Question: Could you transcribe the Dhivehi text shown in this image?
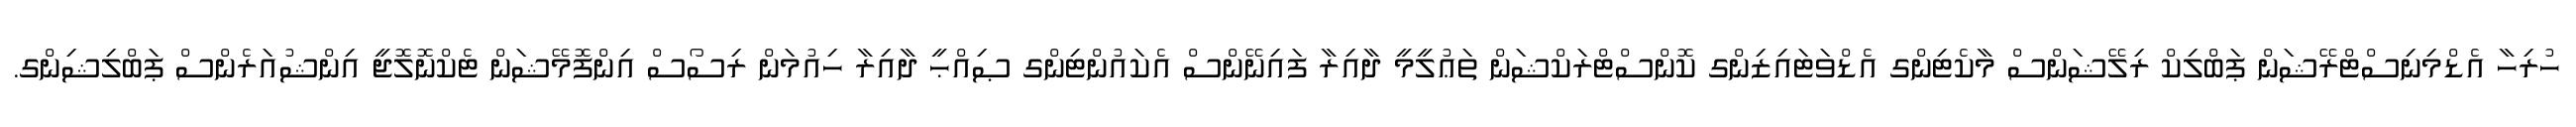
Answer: ހުރިހާ އެޑްމިނިސްޓްރޭޝަން ޕަބްލިކް ރިލޭޝަންސް މާކެޓިންގ އެޑްވަޓައިޒިންގ ކޮންސްޓްރަކްޝަން ތަޢުލީމީ ދާއިރާ ފައިނޭންސް އެކައުންޓިންގ ޞިއްޙީ ދާއިރާ ހިއުމަން ރިސޯސް އިންފޮމޭޝަން ޓެކްނޮލޮޖީ އިންޝުއަރެންސް ޕަބްލިޝިންގ.